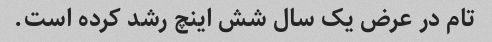
تام در عرض یک سال شش اینچ رشد کرده است.